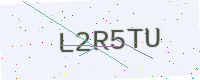
Text: L2R5TU